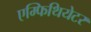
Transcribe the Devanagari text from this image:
एम्फिथियेटर